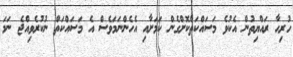
ހުރިހާ ރައްޔިތުން އެކުވެ މަސައްކަތްކޮށްގެން ކަމަށާއި އެހެންނަމަވެސް އެ މަސައްކަތް ނުކުރެވިއްޖެ ނަމަ